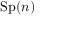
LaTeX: \mathrm { S p } ( n )